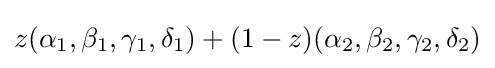
z(\alpha _{1},\beta _{1},\gamma _{1},\delta _{1})+(1-z)(\alpha _{2},\beta _{2},\gamma _{2},\delta _{2})